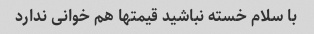
با سلام خسته نباشید قیمتها هم خوانی ندارد